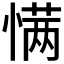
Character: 𰒆